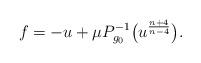
LaTeX: \begin{align*} f = - u + \mu P_{g_0}^{-1} \big( u^{\frac{n+4}{n-4}} \big).\end{align*}